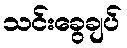
သင်းခွေချပ်